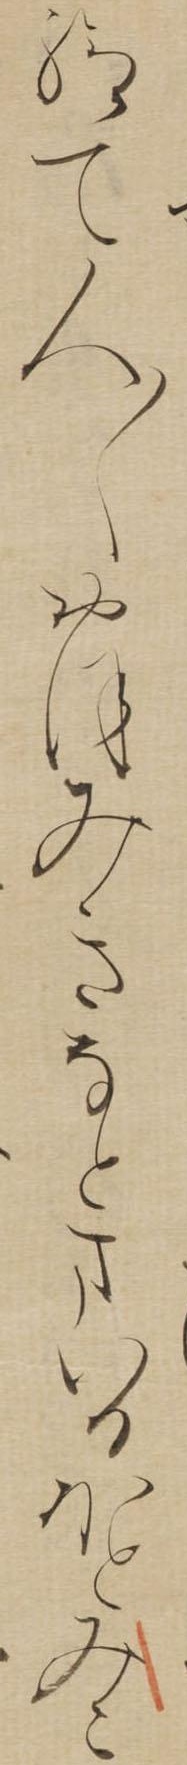
給て人〱おほみきなとまいるほとみこ